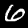
Digit: 6